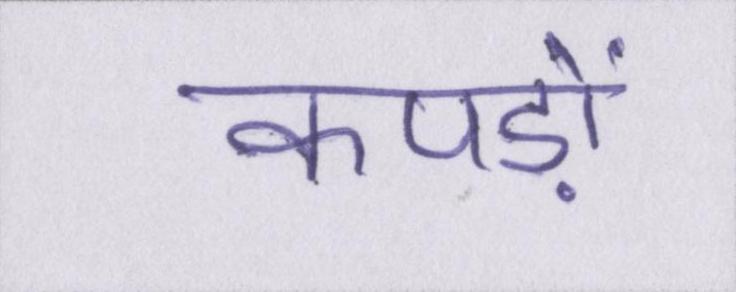
कपड़ों